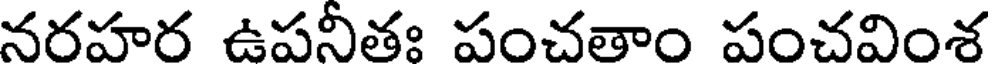
నరహర ఉపనీతః పంచతాం పంచవింశ